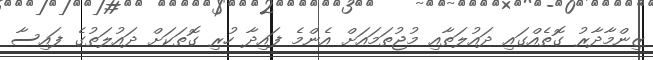
ޒިންމާދާރު ގޮތެއްގައި ދައުލަތާއި މުޖުތަަމައަށް އެންމެ ފައިދާ ހުރި ގޮތަކަށް ދައުލަތުގެ ފައިސާ